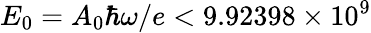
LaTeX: E_{0}=A_{0}\hbar\omega/e<9.92398\times 10^{9}